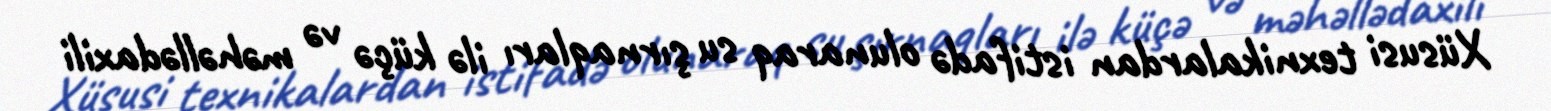
Xüsusi texnikalardan istifadə olunaraq su şırnaqları ilə küçə və məhəllədaxili